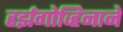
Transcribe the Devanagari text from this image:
हर्झगोव्हिनाने